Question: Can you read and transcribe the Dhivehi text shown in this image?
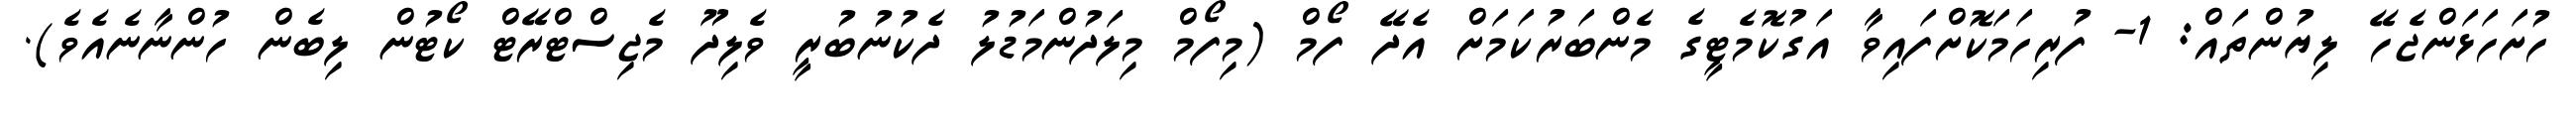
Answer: ހުށަހަޅަންޖެހޭ ލިޔުންތައް: 1- ފުރިހަމަކޮށްފައިވާ އަގުކޮމެޓީގެ މެންބަރުކަމަށް އެދޭ ފޯމް (މިފޯމް މިލަދުންމަޑުލު ދެކުނުބުރީ ވެލިދޫ މެޖިސްޓްރޭޓް ކޯޓުން ލިބެން ހުންނާނެއެވެ).